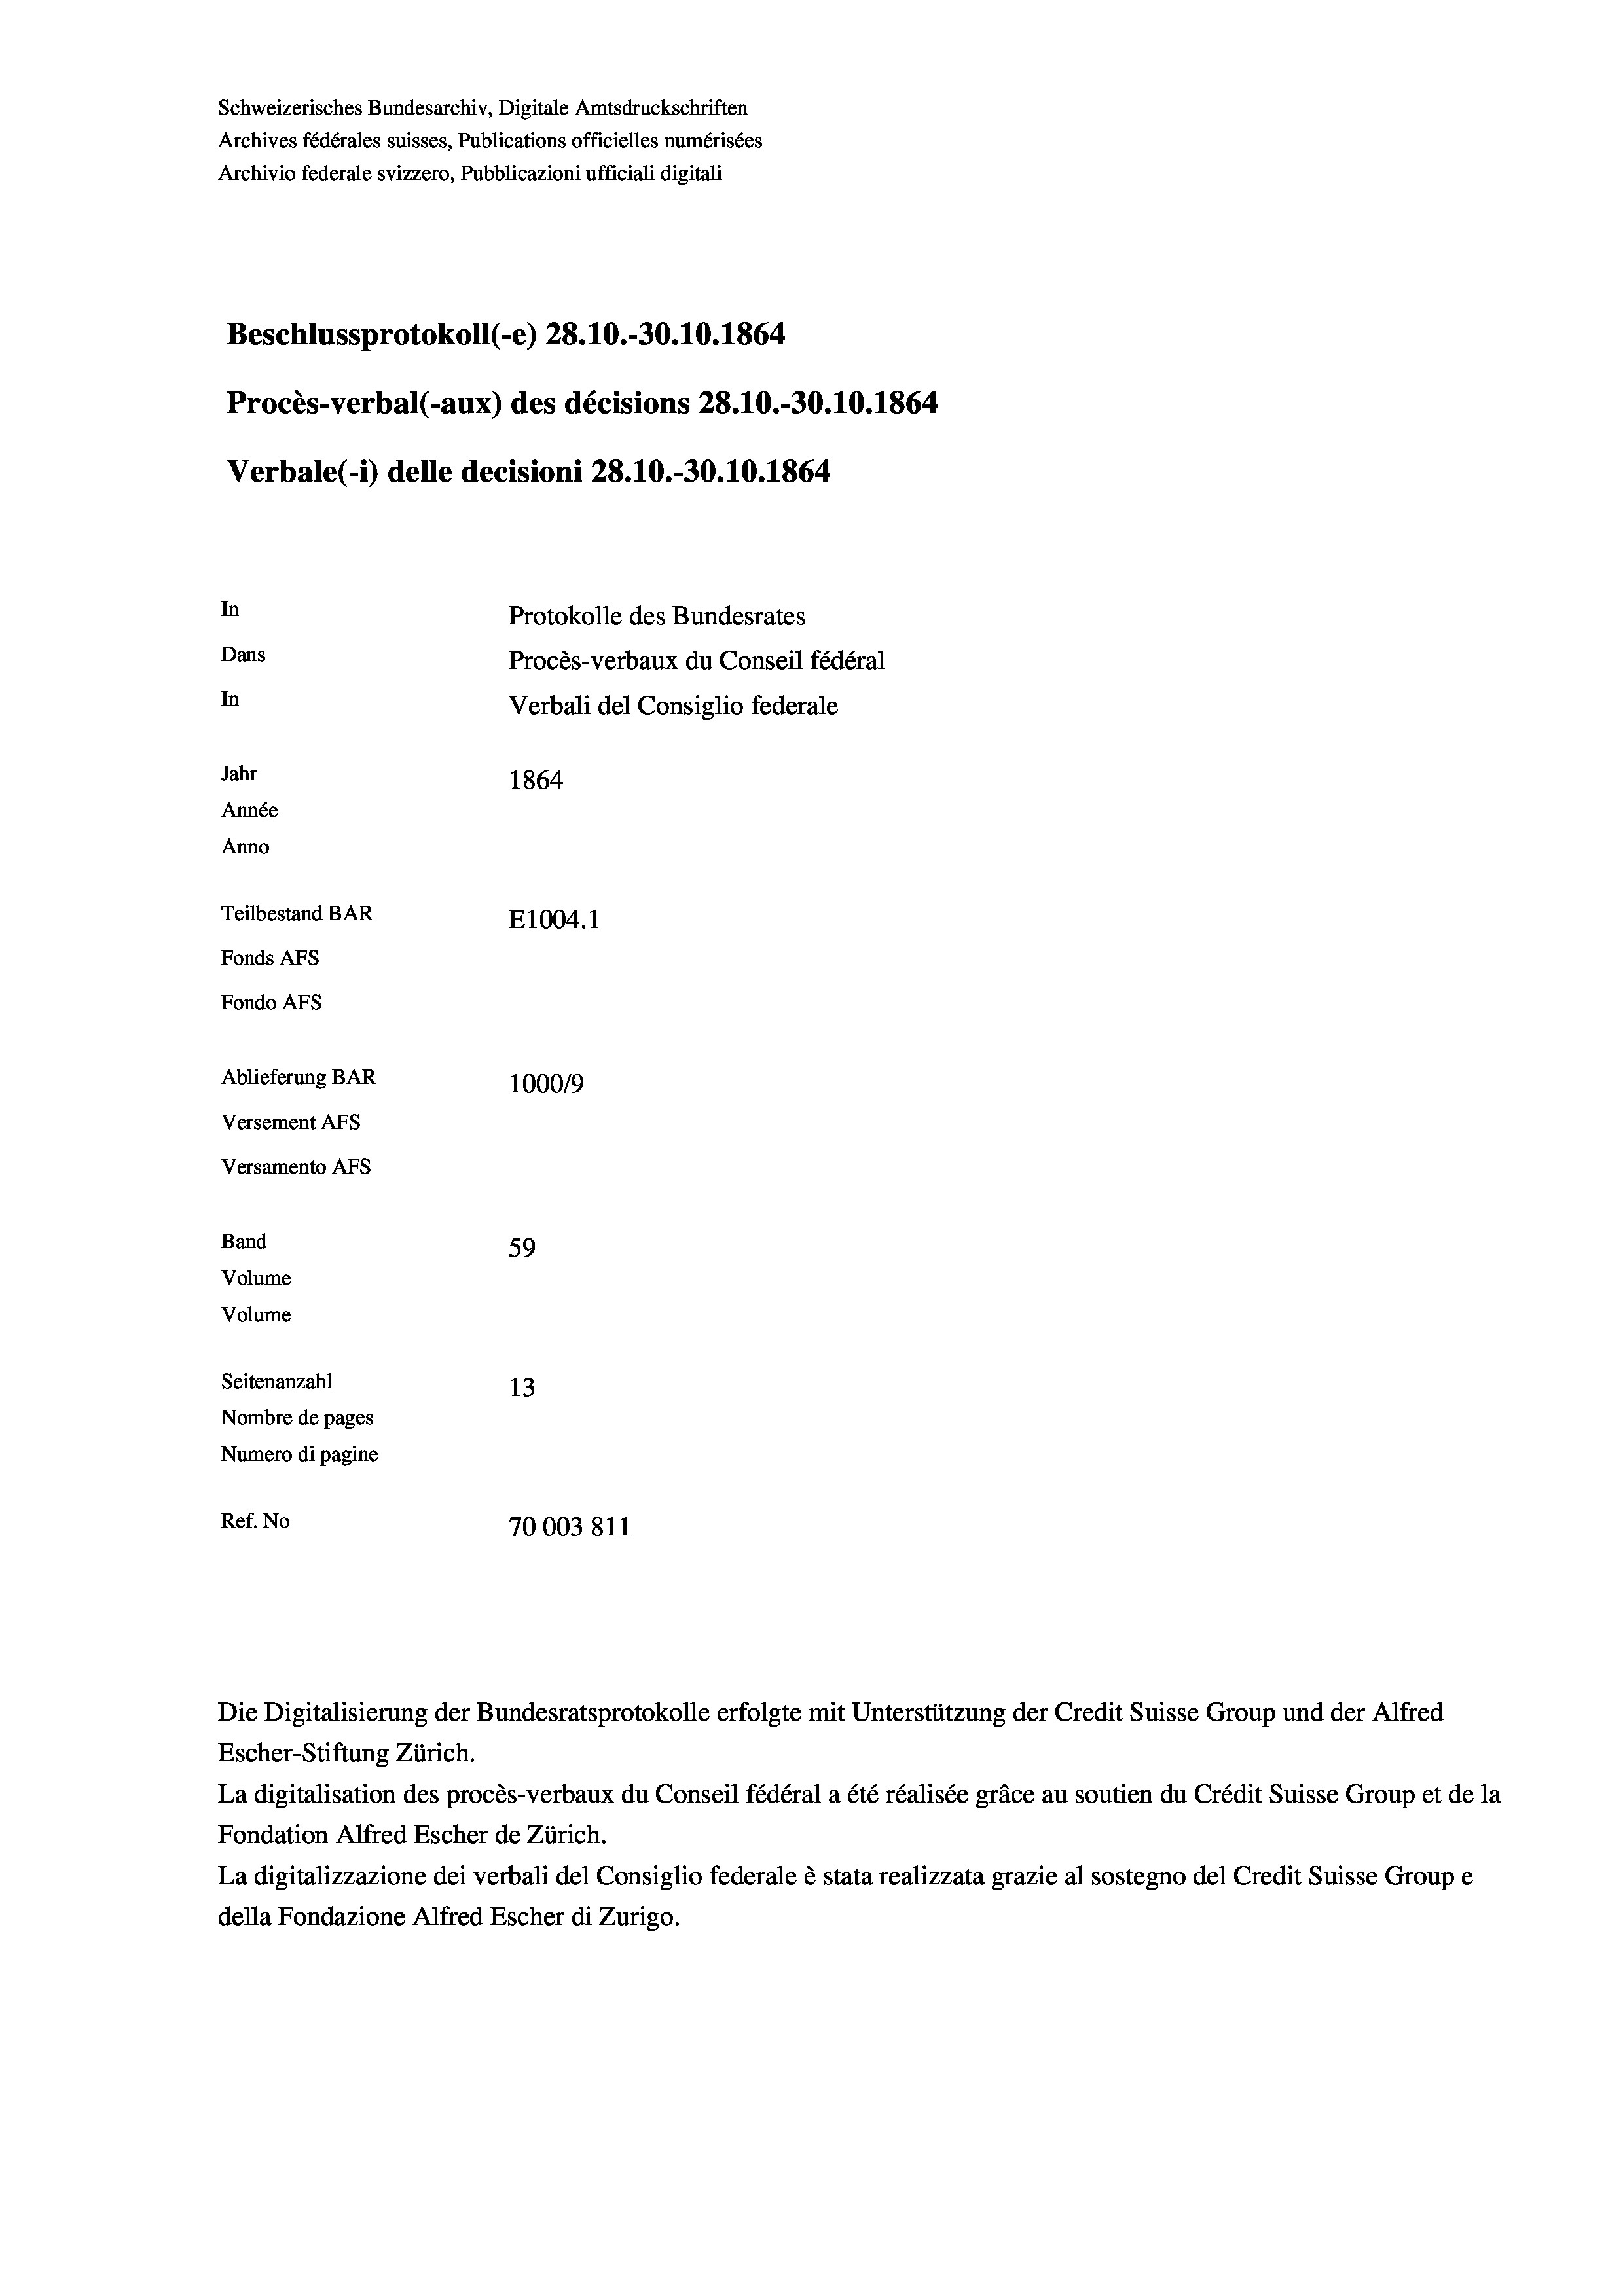
Schweizerisches Bundesarchiv, Digitale Amtsdruckschriften
Archives fédérales suisses, Publications officielles numérisées
Archivio federale svizzero, Pubblicazioni ufficiali digitali
Beschlussprotokoll (-e) 28.10.-30. 10. 1864
Procès-verbal (-aux) des décisions 28.10.-30.10.1864
Verbale(-*) delle decisioni 28.10.-30.10.1864
In
Protokolle des Bundesrates
Dans
Procès-verbaux du Conseil fédéral
In
Verbali del Consiglio federale
Jahr
1864
Année
Anno
Teilbestand BAR
E1004.1
Fonds AFs
Fondo AFS
Ablieferung BAR
100019
Versement AFs
Versamento AFs
Band
59

Volume
Volume
Seitenanzahl
13
Nombre de pages
Numero di pagine
Ref. No
70003811

Escher-Stiftung Zürich.
La digitalisation des procès-verbaux du Conseil fédéral a été réalisée gräce au soutien du Crédit Suisse Group et de la
Fondation Alfred Escher de Zürich.
La digitalizzazione dei verbali del Consiglio federale è stata realizzata grazie al sostegno del Credit Suisse Groupe
della Fondazione Alfred Escher di Zurigo.

Die Digitalisierung der Bundesratsprotokolle erfolgte mit Unterstützung der Credit Suisse Group und der Alfred